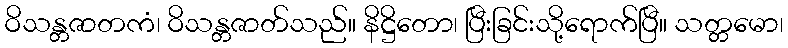
ဝိသန္တဇာတကံ၊ ဝိသန္တဇာတ်သည်။ နိဋ္ဌိတော၊ ပြီးခြင်းသို့ရောက်ပြီ။ သတ္တမော၊